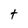
Character: t